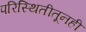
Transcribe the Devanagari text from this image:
परिस्थितीतूनही